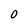
Character: 0